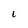
Character: I